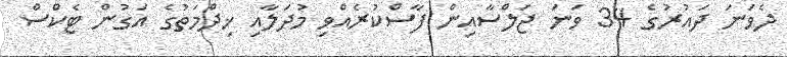
ދެވަނަ ދައުރުގެ 34 ވަނަ ޖަލްސާއިން ފާސްކުރެއްވި މުދަލާއި ޚިދްމަތުގެ އަގުން ޓެކްސް